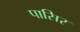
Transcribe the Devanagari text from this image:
पासिर